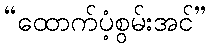
“ထောက်ပံ့စွမ်းအင်”